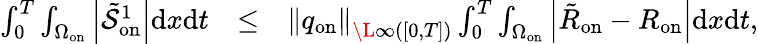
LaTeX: \begin{array}{rlr}{\int_{0}^{T}\int_{\Omega_{\mathrm{on}}}\left|\tilde{\mathcal{S}}_{\mathrm{on}}^{1}\right|\mathrm{d}x\mathrm{d}t}&{\leq}&{{\left\| q_{\mathrm{on}}\right\| _{\L{\infty}([0,T])}}\int_{0}^{T}\int_{\Omega_{\mathrm{on}}}\left|\tilde{R}_{\mathrm{on}}-R_{\mathrm{on}}\right|\mathrm{d}x\mathrm{d}t,}\end{array}